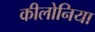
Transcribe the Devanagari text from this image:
कीलोनिया